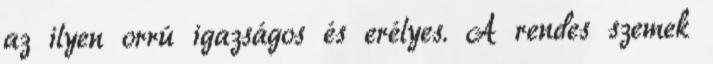
az ilyen orrú igazságos és erélyes. A rendes szemek